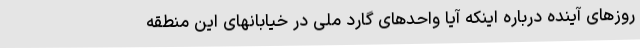
روزهای آینده درباره اینکه آیا واحدهای گارد ملی در خیابانهای این منطقه